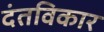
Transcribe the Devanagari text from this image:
दंतविकार